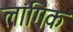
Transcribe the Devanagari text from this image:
लांगिक